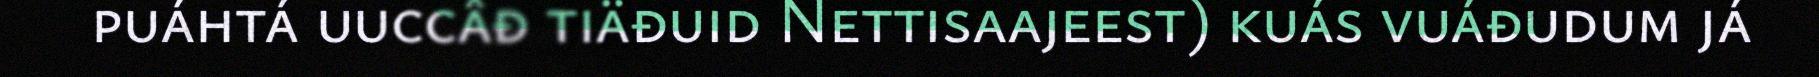
puáhtá uuccâđ tiäđuid Nettisaajeest) kuás vuáđudum já